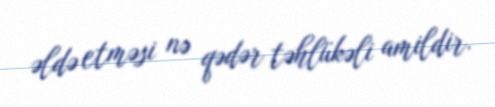
əldə etməsi nə qədər təhlükəli amildir.